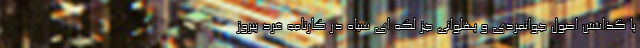
پا گذاشتن اصول جوانمردی و پهلوانی جز لکه ای سیاه در کارنامه فرد پیروز